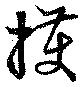
擭